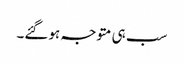
سب ہی متوجہ ہوگئے۔